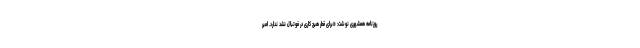
روزنامه همشهری نوشت: «برای قطر هیچ کاری در فوتبال نشد ندارد. امیر